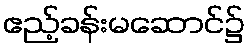
ဧည့်ခန်းမဆောင်၌